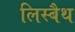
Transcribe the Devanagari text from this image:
लिस्बैथ